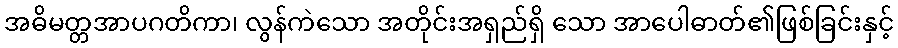
အဓိမတ္တအာပဂတိကာ၊ လွန်ကဲသော အတိုင်းအရှည်ရှိ သော အာပေါဓာတ်၏ဖြစ်ခြင်းနှင့်